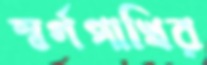
স্বর্গপাখির